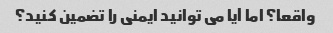
واقعا؟ اما آیا می توانید ایمنی را تضمین کنید؟